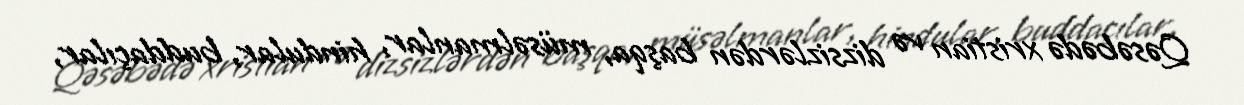
Qəsəbədə xristian və dizsizlərdən başqa, müsəlmanlar, hindular, buddaçılar,